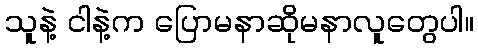
သူနဲ့ ငါနဲ့က ပြောမနာဆိုမနာလူတွေပါ။